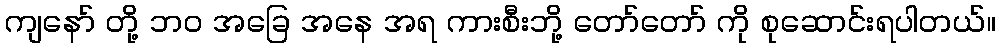
ကျနော် တို့ ဘ၀ အခြေ အနေ အရ ကားစီးဘို့ တော်တော် ကို စုဆောင်းရပါတယ်။